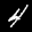
Label: 4